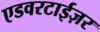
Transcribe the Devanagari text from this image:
एडवरटाईज़र